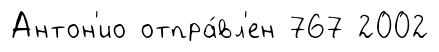
Антон'ио отпра́вл'ен 767 2002